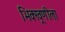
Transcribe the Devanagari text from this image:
भिक्खूणीला